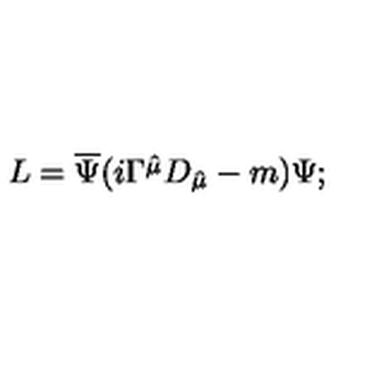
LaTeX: L = \overline { { \Psi } } ( i \Gamma \hat { ^ { \mu } } D _ { \hat { \mu } } - m ) \Psi ;